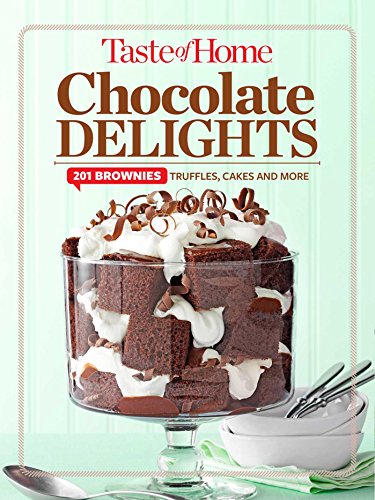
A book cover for Taste of Home Chocolate Delights: 201 brownies, truffles, cakes and more (TOH 201 Series); Editors at Taste of Home; Cookbooks, Food & Wine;